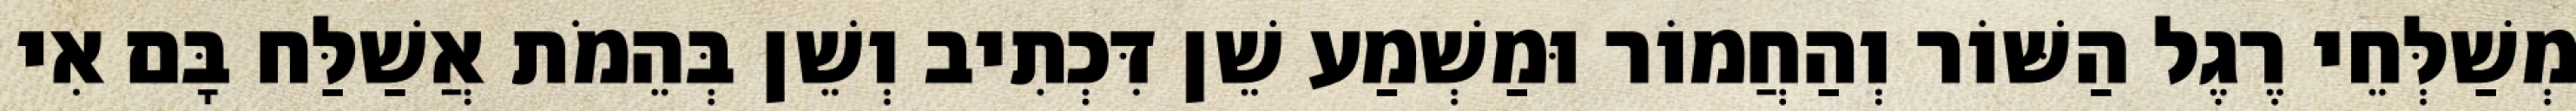
מְשַׁלְּחֵי רֶגֶל הַשּׁוֹר וְהַחֲמוֹר וּמַשְׁמַע שֵׁן דִּכְתִיב וְשֵׁן בְּהֵמֹת אֲשַׁלַּח בָּם אִי